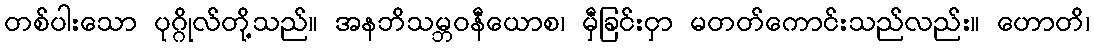
တစ်ပါးသော ပုဂ္ဂိုလ်တို့သည်။ အနဘိသမ္ဘဝနီယောစ၊ မှီခြင်းငှာ မတတ်ကောင်းသည်လည်း။ ဟောတိ၊